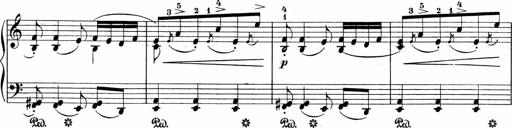
Title: 3 Sonatinas
Composer: Carl Reinecke